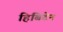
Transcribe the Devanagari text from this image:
हिबिटेन